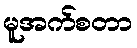
မူအက်စတာ